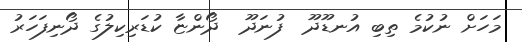
މަހަށް ނުކުމެ ތިބި އުނޑޫދޫ  ފުނަދޫ  ދޯންޏާ ކުޑަރިކިލުގެ ދޯނިފަހަރު